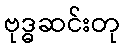
ဗုဒ္ဓဆင်းတု